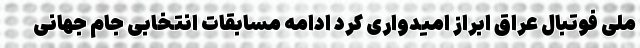
ملی فوتبال عراق ابراز امیدواری کرد ادامه مسابقات انتخابی جام جهانی